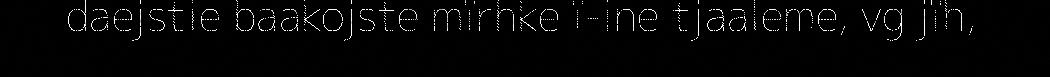
daejstie baakojste mïrhke ï-ine tjaaleme, vg jïh,